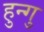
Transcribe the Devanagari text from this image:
हुन्गु